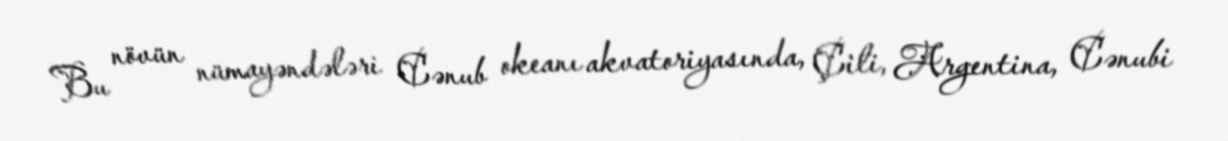
Bu növün nümayəndələri Cənub okeanı akvatoriyasında, Çili, Argentina, Cənubi